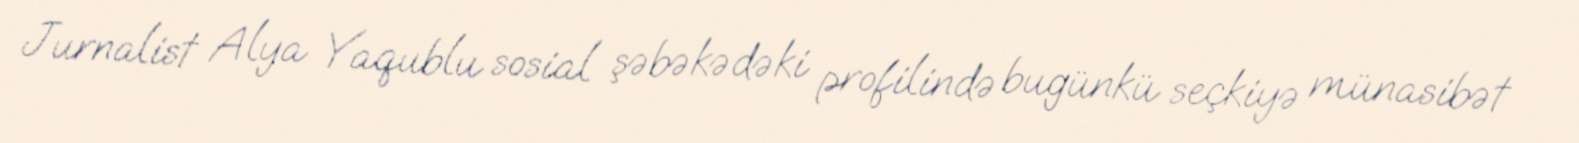
Jurnalist Alya Yaqublu sosial şəbəkədəki profilində bugünkü seçkiyə münasibət